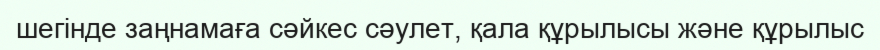
шегінде заңнамаға сәйкес сәулет, қала құрылысы және құрылыс